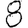
Digit: 8